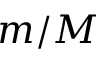
m / M